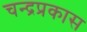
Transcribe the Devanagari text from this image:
चन्द्रप्रकास